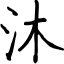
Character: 沐